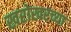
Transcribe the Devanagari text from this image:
खरोखरच्या